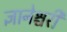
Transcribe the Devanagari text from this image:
ज्ञानेश्चरी